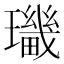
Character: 㼄